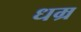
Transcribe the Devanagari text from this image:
धम्र